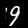
Digit: 9